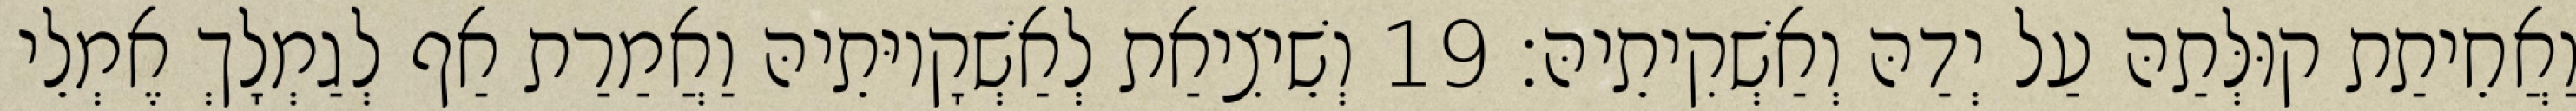
וַאֲחֵיתַת קוּלְּתַהּ עַל יְדַהּ וְאַשְׁקִיתֵיהּ׃ 19 וְשֵׁיצִיאַת לְאַשְׁקָיוּתֵיהּ וַאֲמַרַת אַף לְגַמְלָךְ אֶמְלֵי